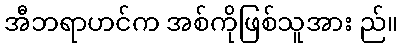
အီဘရာဟင်က အစ်ကိုဖြစ်သူအား ည်။